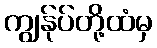
ကျွန်ုပ်တို့ထံမှ